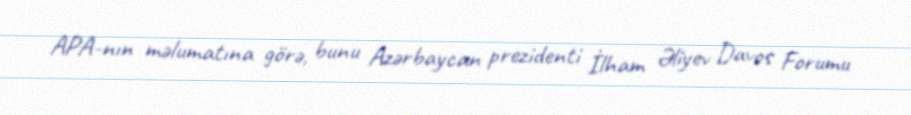
APA-nın məlumatına görə, bunu Azərbaycan prezidenti İlham Əliyev Davos Forumu